Calcutta medical institutions reports 1892-1900
Year: 1892
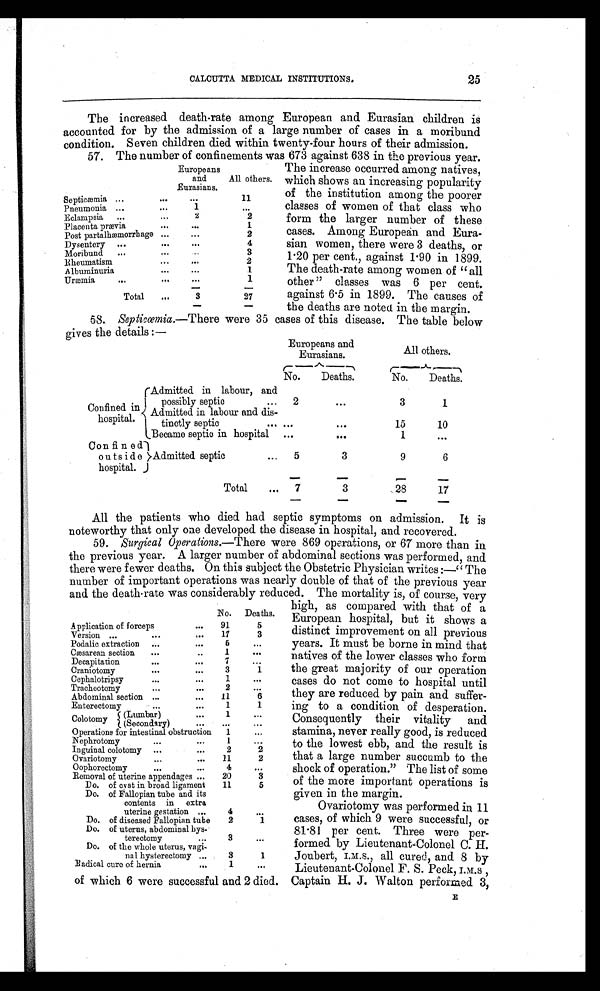
25
CALCUTTA MEDICAL INSTITUTIONS.
The increased death-rate among European and Eurasian children is
accounted for by the admission of a large number of cases in a moribund
condition. Seven children died within twenty-four hours of their admission.
57. The number of confinements was 673 against 638 in the previous year.
Europeans
and
Eurasians.
All others.
Septicæmia ...
..
. . .
11
Pneumonia ...
1
...
Eclampsia ...
. . .
2
2
Placenta prævia
. . .
...
1
Post partalhæmorrhage ...
. . .
2
Dysentery ...
. . .
. . .
4
Moribund ...
. . .
. . .
3
Rheumatism
. . .
. . .
2
Albuminuria
...
. . .
1
Uræmia
...
. . .
1
Total
...
3
27
The increase occurred among natives,
which shows an increasing popularity
of the institution among the poorer
classes of women of that class who
form the larger number of these
cases. Among European and Eura-
sian women, there were 3 deaths, or
1.20 per cent., against 1.90 in 1899.
The death-rate among women of "all
other" classes was 6 per cent.
against 6.5 in 1899. The causes of
the deaths are noted in the margin.
58. Septicœmia.—There were 35 cases of this disease. The table below
gives the details:—
Europeans and
Eurasians.
All others.
No.
Deaths.
No.
Deaths.
Confined in
hospital.
Admitted in labour, and
possibly septic
...
2
...
3
1
Admitted in labour and d
is-tinctly septic
. . .
. . .
. . .
15
10
Became septic in hospital
...
. . .
1
. . .
Con fi n ed
o u t s i d e
hospital.
Admitted septic
. . . 5
3
9
6
Total
...
7
3
28
17
All the patients who died had septic symptoms on admission. It is
noteworthy that only one developed the disease in hospital, and recovered.
59. Surgical Operations. —There were 869 operations, or 67 more than in
the previous year. A larger number of abdominal sections was performed, and
there were fewer deaths. On this subject the Obstetric Physician writes:—"The
number of important operations was nearly double of that of the previous year
and the death-rate was considerably reduced. The mortality is, of course, very
No. Deaths.
Application of forceps
. . .
91
5
Version ...
...
. . .
17
3
Podalic extraction ...
...
5
...
Cæsarean section
. . .
1
. . .
Decapitation
...
...
7
...
Craniotomy
...
...
3
1
Cephalotripsy
...
...
1
. . .
Tracheotomy
. . .
2
...
Abdominal section ...
...
11
6
Enterectomy
...
...
1
1
Colotomy
(Lumbar)
. . .
1
. . .
(Secondary)
. . .
. . .
. . .
Operations for intestinal obstruction 1
...
Nephrotomy
...
...
1
. . .
Inguinal colotomy ...
...
2
2
Ovariotomy...
11
2
Oophorectomy
...
. . .
4
. . .
Removal of uterine appendages ...
20
3
Do. of cyst in broad ligament
11
5
Do. of Fallopian tube and its
contents in extra
uterine gestation ...
4
. . .
Do. of diseased Fallopian tube
2
1
Do. of uterus, abdominal hys-
terectomy
. . .
3
. . .
Do. of the whole uterus, vagi-
nal hysterectomy ...
3
1
Radical cure of hernia
...
1
. . .
high, as compared with that of a
European hospital, but it shows a
distinct improvement on all previous
years. It must be borne in mind that
natives of the lower classes who form
the great majority of our operation
cases do not come to hospital until
they are reduced by pain and suffer-
ing to a condition of desperation.
Consequently their vitality and
stamina, never really good, is reduced
to the lowest ebb, and the result is
that a large number succumb to the
shock of operation." The list of some
of the more important operations is
given in the margin.
Ovariotomy was performed in 11
cases, of which 9 were successful, or
81.81 per cent. Three were per-
formed. by Lieutenant-Colonel C. H.
Joubert, I.M.S., all cured, and 8 by
Lieutenant-Colonel F. S. Peck, I.M.S
of which 6 were successful and 2 died. Captain H. J . Walton performed 3,